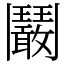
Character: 鬫